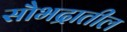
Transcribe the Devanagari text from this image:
सौभद्रातील